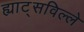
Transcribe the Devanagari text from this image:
ह्याट्सविल्ले